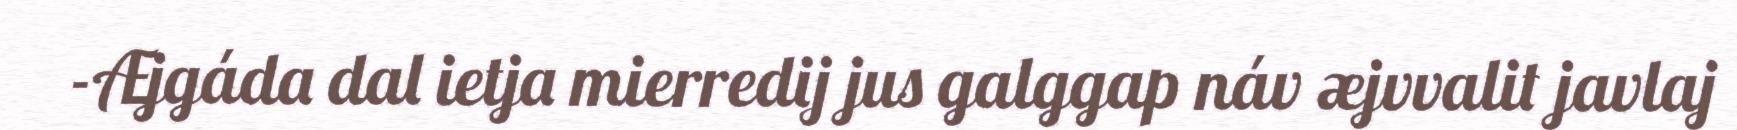
-Æjgáda dal ietja mierredij jus galggap náv æjvvalit javlaj